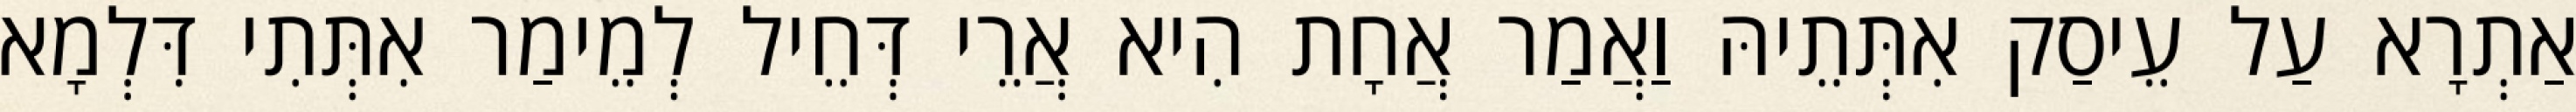
אַתְרָא עַל עֵיסַק אִתְּתֵיהּ וַאֲמַר אֲחָת הִיא אֲרֵי דְּחֵיל לְמֵימַר אִתְּתִי דִּלְמָא